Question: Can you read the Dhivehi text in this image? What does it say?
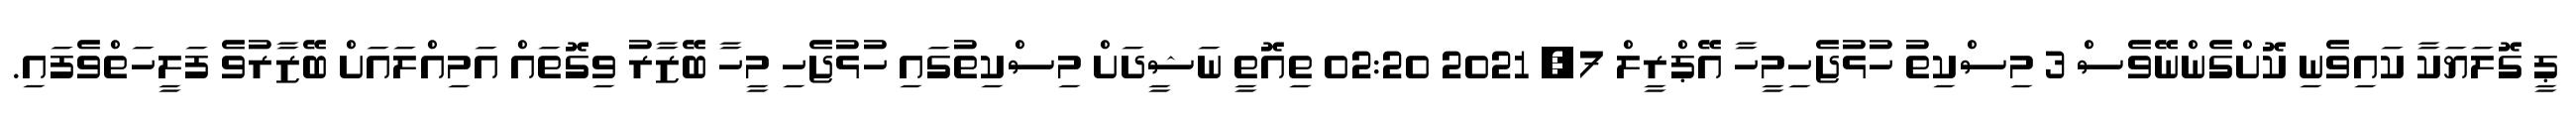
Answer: ޕީ ގޮލަޔަކާ ކައިވެނި ކޮށްގެންނޭވެސް 3 މިސްކިތު ހުޅުޖެހިމީހާ އޭޕްރީލް 7, 2021 02:20 ތިއޮތީ ނަޝީދަށް މިސްކިތުގައި ހުޅުޖެހި މީހާ ބޭޒާރު ވިގޮތައް އަމިއްލައަށް ބޭޒާރުވެ ފަލީހަތްވެފައި.